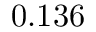
0 . 1 3 6